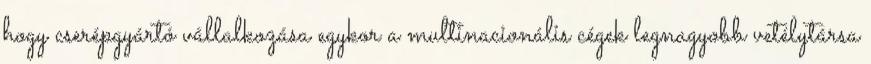
hogy cserépgyártó vállalkozása egykor a multinacionális cégek legnagyobb vetélytársa